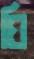
ঘি